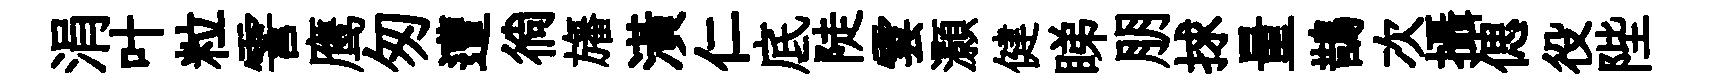
涓叶粒霅鹰匆遭徜旛潢仁底陡雲灝健睇朋捄量鵲次攝偲役陛